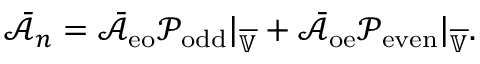
\bar { \mathcal { A } } _ { n } = \bar { \mathcal { A } } _ { \mathrm { e o } } \mathcal { P } _ { \mathrm { o d d } } | _ { \overline { { \mathbb { V } } } } + \bar { \mathcal { A } } _ { \mathrm { o e } } \mathcal { P } _ { \mathrm { e v e n } } | _ { \overline { { \mathbb { V } } } } .